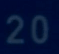
20